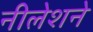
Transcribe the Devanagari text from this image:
नीलेशने